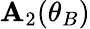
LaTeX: \mathbf{A}_{2}(\theta_{B})